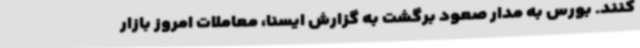
کنند. بورس به مدار صعود برگشت به گزارش ایسنا، معاملات امروز بازار